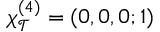
\chi _ { \mathcal { T } } ^ { ( 4 ) } = ( 0 , 0 , 0 ; 1 )